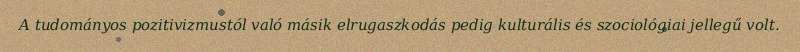
A tudományos pozitivizmustól való másik elrugaszkodás pedig kulturális és szociológiai jellegű volt.